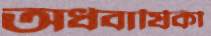
অর্ধবার্ষিকী